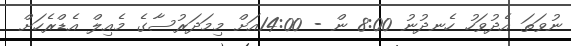
ނުވަތަ އެދުވަހު ހެނދުނު 8:00 ން - 14:00އަށް މިމަދަރުސާގެ މެއިލް އެޑްރެހަށް